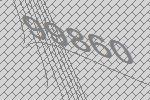
99860